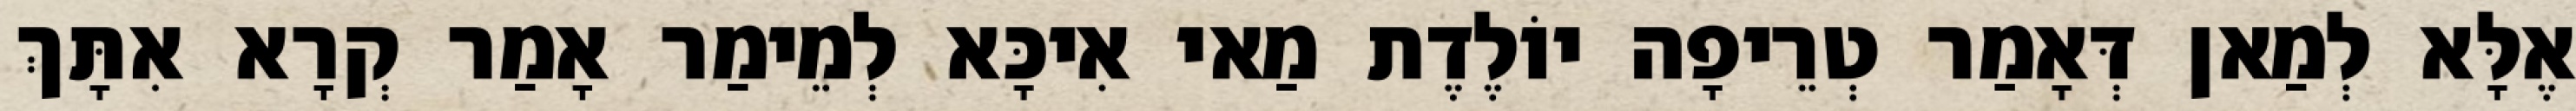
אֶלָּא לְמַאן דְּאָמַר טְרֵיפָה יוֹלֶדֶת מַאי אִיכָּא לְמֵימַר אָמַר קְרָא אִתָּךְ